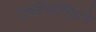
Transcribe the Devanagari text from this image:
सहवैमानिकाने